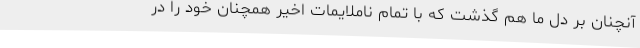
آنچنان بر دل ما هم گذشت که با تمام ناملایمات اخیر همچنان خود را در